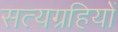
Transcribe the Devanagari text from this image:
सत्यग्रहियों